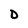
Character: D